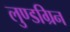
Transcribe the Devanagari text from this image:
लुण्डग्रिन